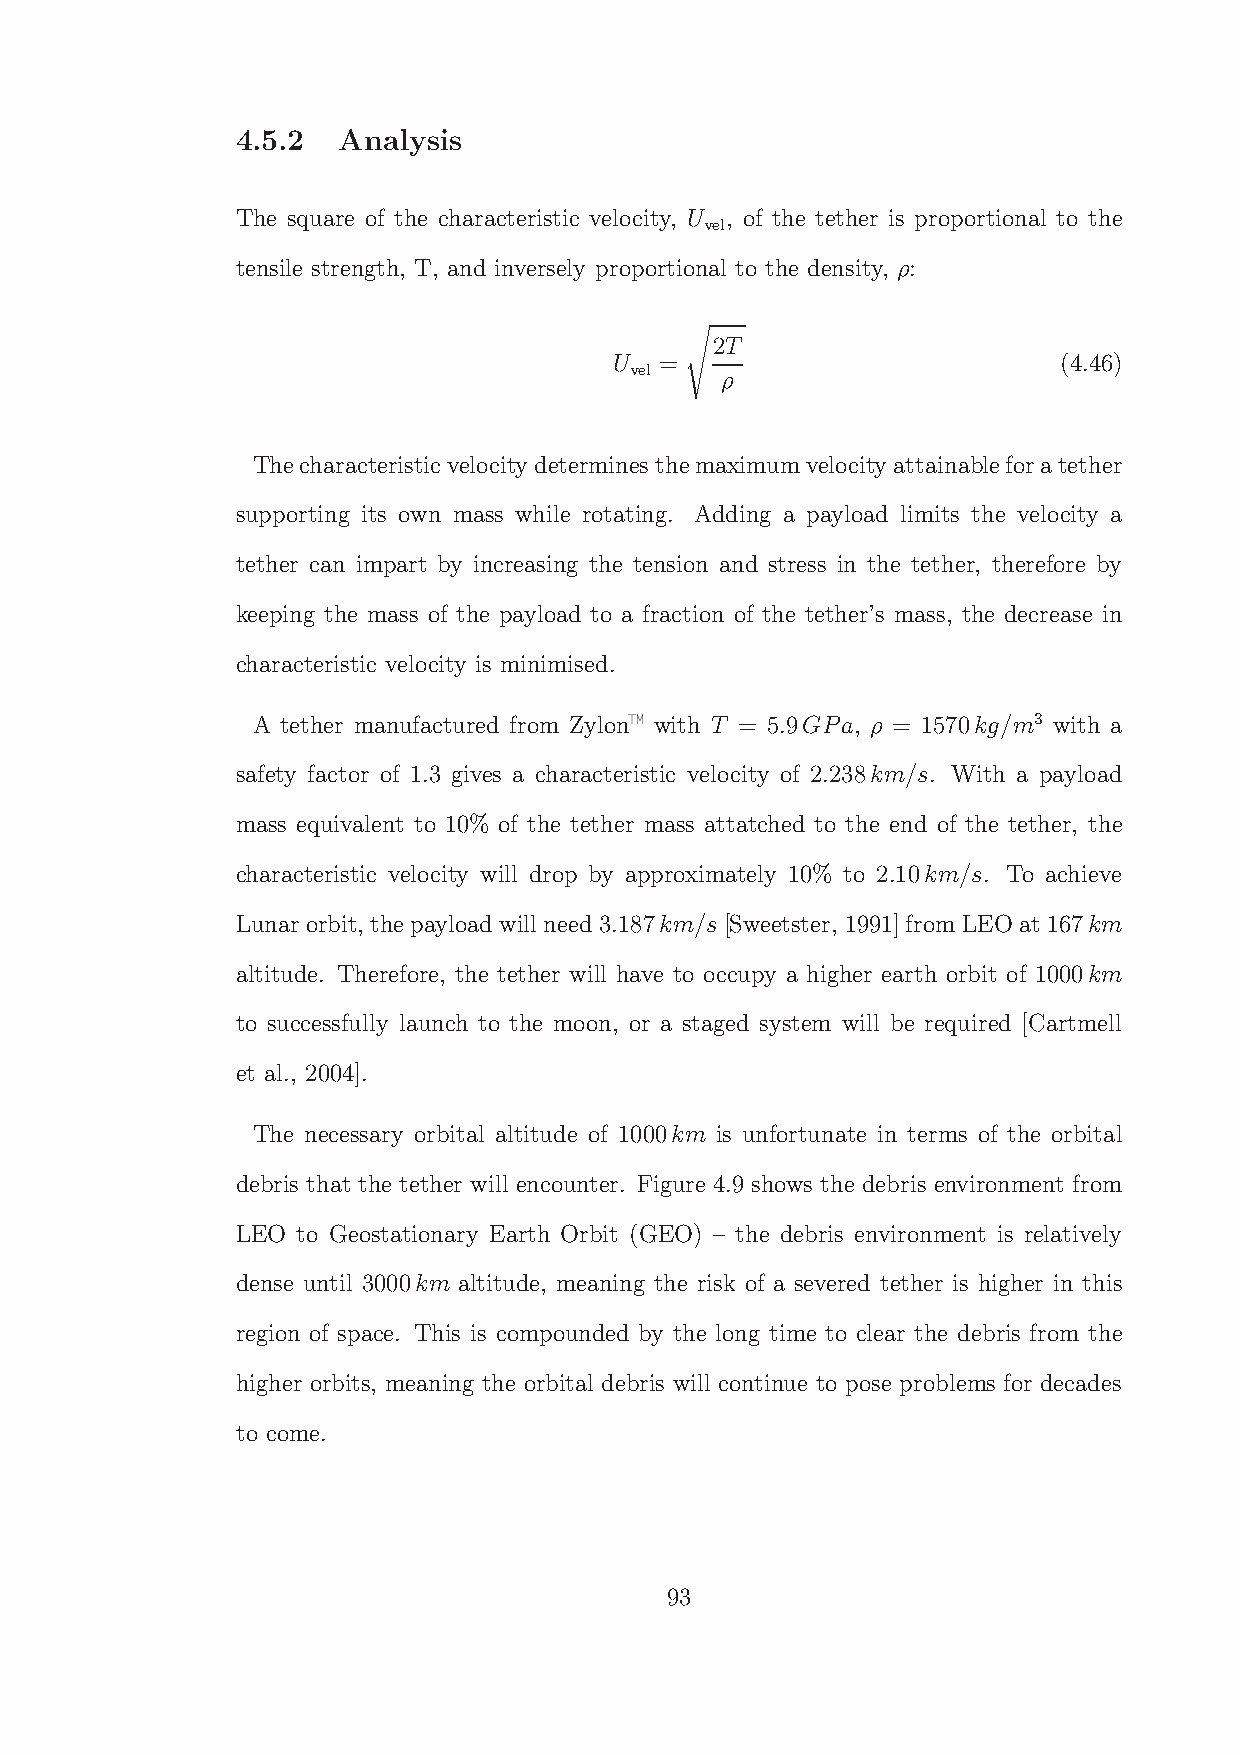
4.5.2 Analysis
 The square of the characteristic velocity, U , of the tether is proportional to the
 vel
 tensile strength, T, and inversely proportional to the density, ρ:
 2T
 U  =                         (4.46)
 vel
 s  ρ
 Thecharacteristicvelocitydeterminesthemaximumvelocityattainableforatether
 supporting its own mass while rotating. Adding a payload limits the velocity a
 tether can impart by increasing the tension and stress in the tether, therefore by
 keeping the mass of the payload to a fraction of the tether’s mass, the decrease in
 characteristic velocity is minimised.
 A tether manufactured from Zylon with T = 5.9GPa, ρ = 1570kg/m3 with a
 safety factor of 1.3 gives a characteristic velocity of 2.238km/s. With a payload
 mass equivalent to 10% of the tether mass attatched to the end of the tether, the
 characteristic velocity will drop by approximately 10% to 2.10km/s. To achieve
 Lunar orbit, thepayloadwill need3.187km/s[Sweetster, 1991]fromLEOat 167km
 altitude. Therefore, the tether will have to occupy a higher earth orbit of 1000km
 to successfully launch to the moon, or a staged system will be required [Cartmell
 et al., 2004].
 The necessary orbital altitude of 1000km is unfortunate in terms of the orbital
 debris that the tether will encounter. Figure 4.9 shows the debris environment from
 LEO to Geostationary Earth Orbit (GEO) – the debris environment is relatively
 dense until 3000km altitude, meaning the risk of a severed tether is higher in this
 region of space. This is compounded by the long time to clear the debris from the
 higher orbits, meaning the orbital debris will continue to pose problems for decades
 to come.
 93
 —